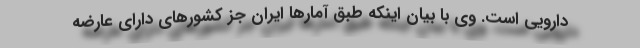
دارویی است. وی با بیان اینکه طبق آمارها ایران جز کشورهای دارای عارضه